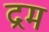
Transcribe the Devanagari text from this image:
द्रम